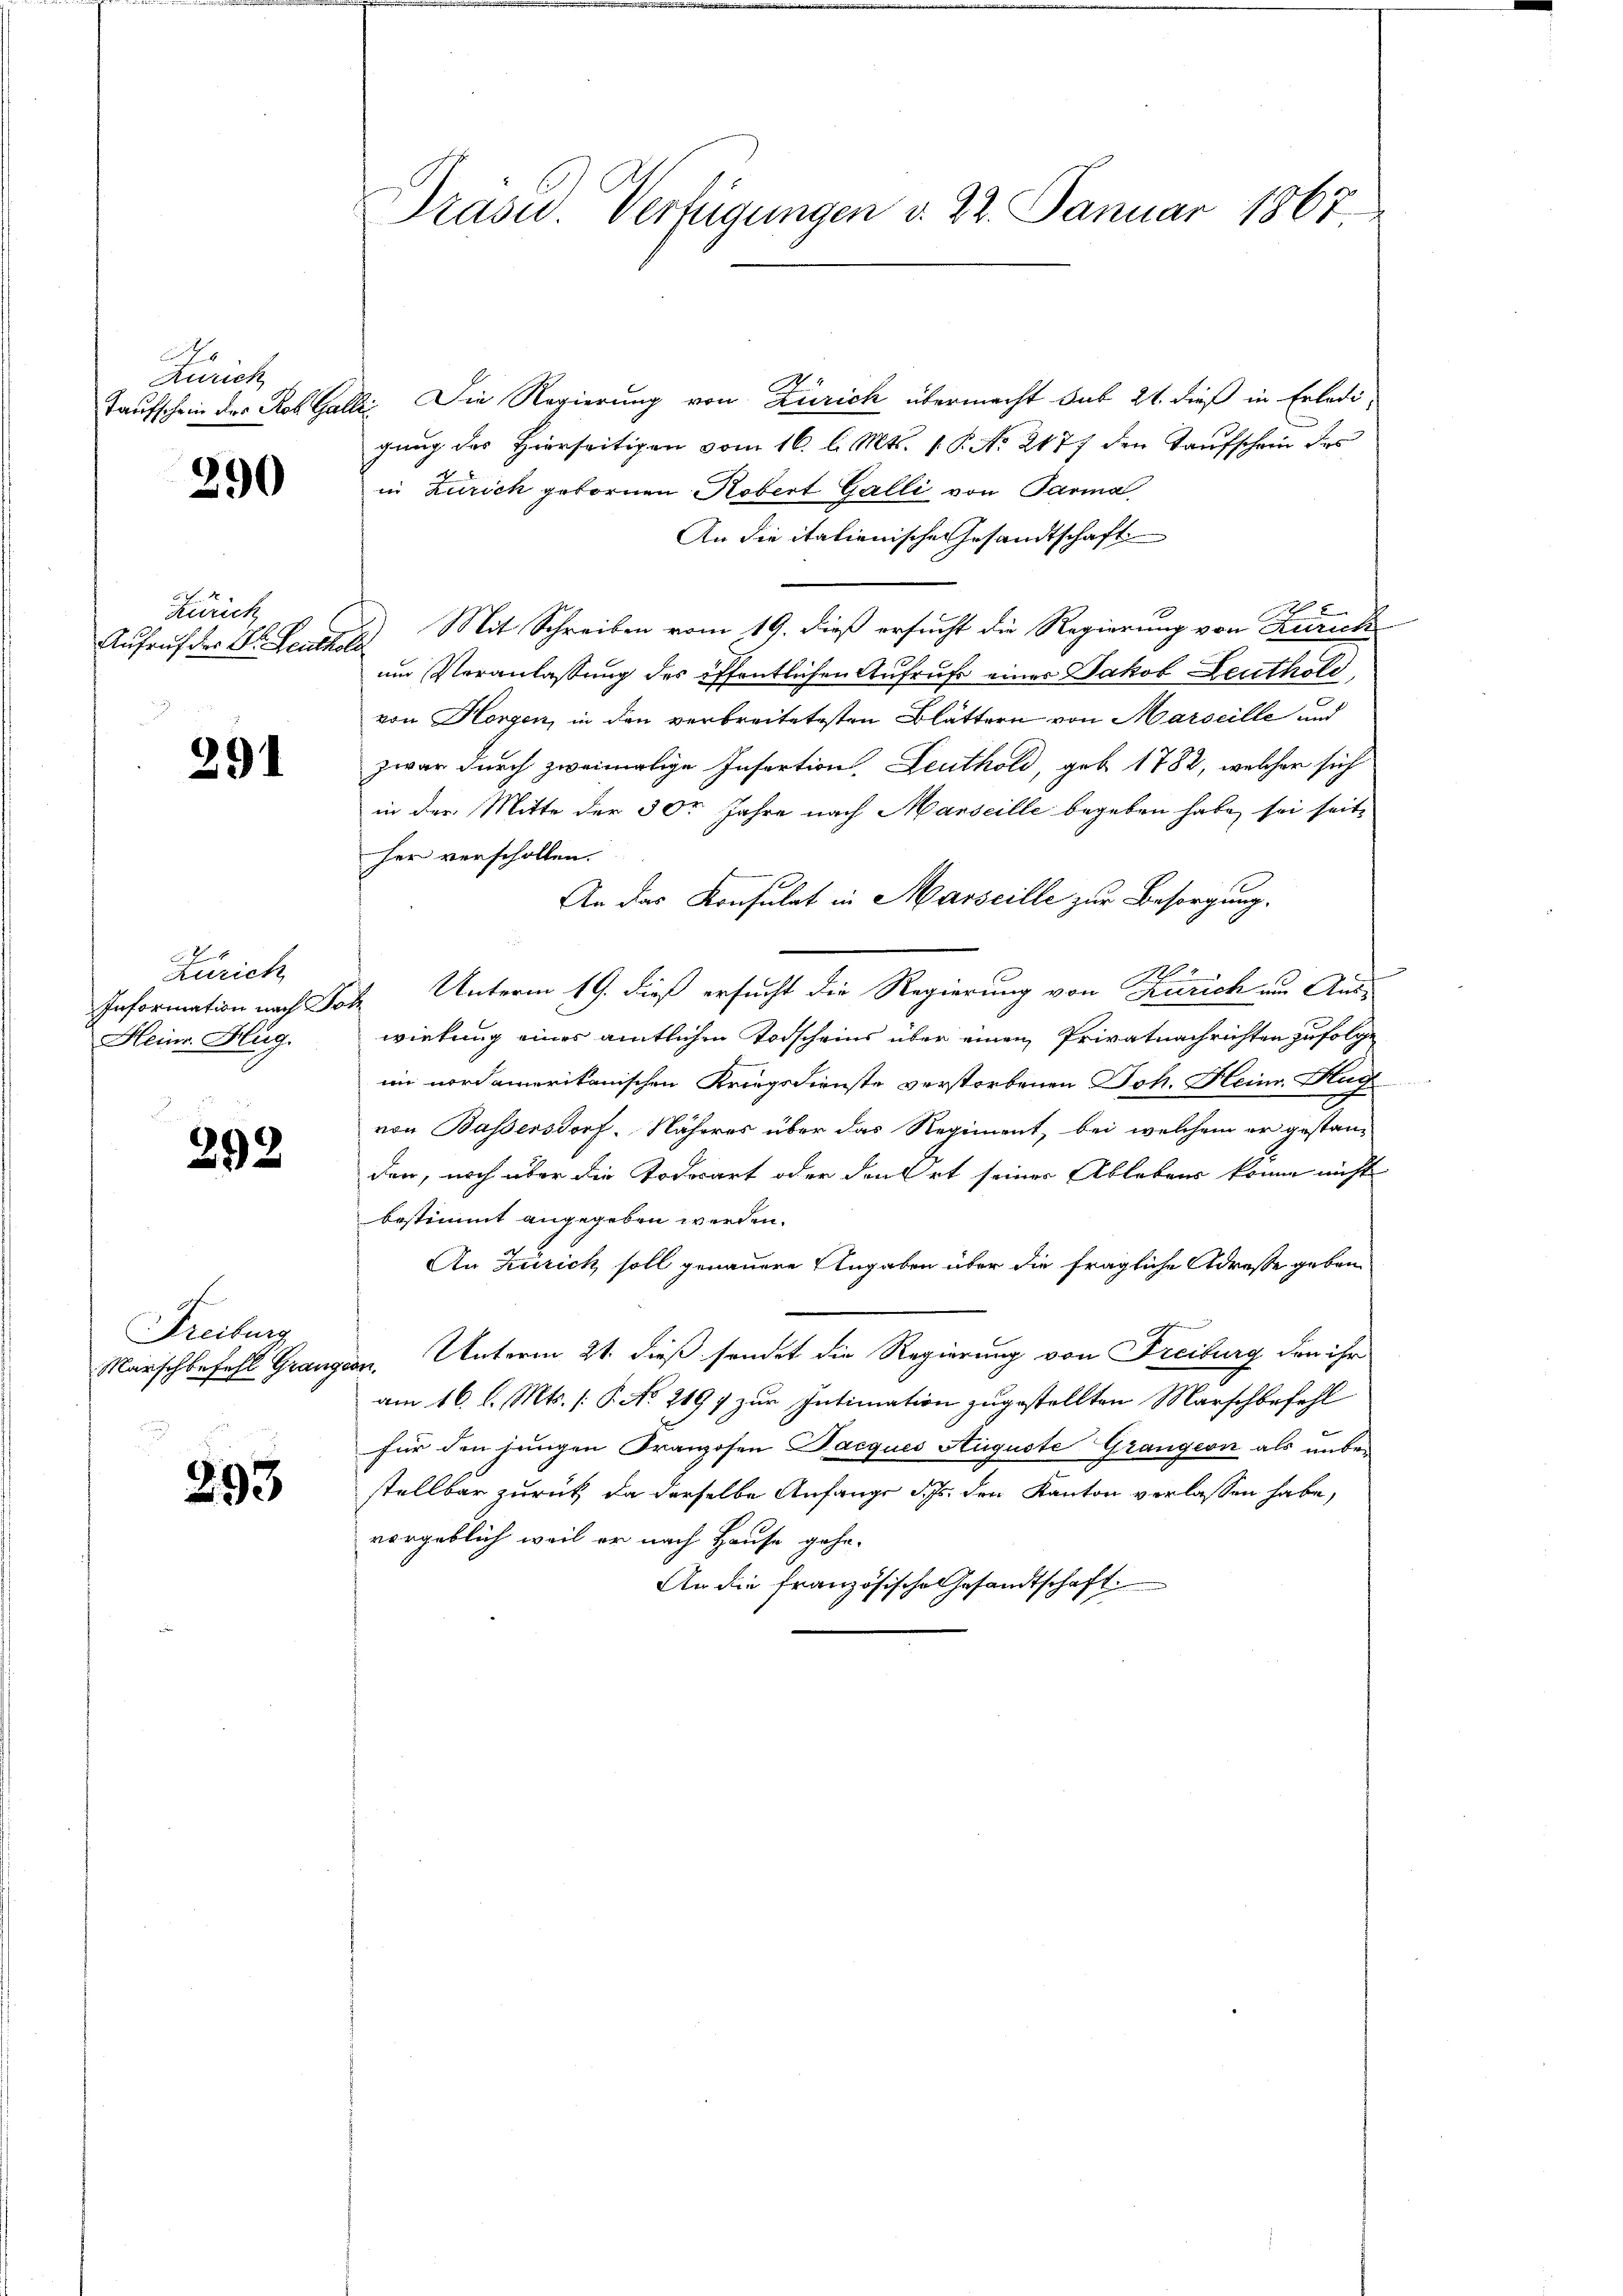
No
Rurich
Taufschein der Rob. Gali

290

Zürich
Aufruf der Dr. Leuthol

291

Zürich
Information nach So
Heinr. Hug.

292

Freiburg
Marschbefehl Granz

293

Drase Verfügungen d. 22. Januar 1867

Die Regierung von Zürich übermacht sub 21. dieß in Erledi-
2
gung des Hierseitigen vom 16. l. Mts. 1. P. No 2177 den Taufschein des
in Zürich gebornen Robert Galli von Parma
An die italienische Gesandtschaft
Mit Schreiben vom 19. dieß ersucht die Regierung von Zürich
.
um Veranlassung des öffentlichen Aufruf einer Jakob Leuthold,
von Horgen, in den verbreitetesten Blättern von Marseille und
zwar durch zweimalige Insertion, Leuthold, geb. 1782, welcher sich
in der Mitte der 30r Jahre nach Marseille begeben habe, sei seite
her verschollen.
An das Konsulat in Marseille zur Besorgung.
2 Unterm 19. dieß ersucht die Regierung von Zürich um Auswirkung eines amtlichen Todscheins über einen Privatnachrichten zufolge
ii nordamerikanischen Kriegsdienste verstorbenen Joh. Heinr. Hug
von Bassersdorf. Näheres über das Regiment, bei welchem er gestanden, noch über die Todesart oder den Ort seiner Ablebens könne nicht
bestimmt angegeben werden.
An Zürich soll genauere Angaben über die fragliche Adresse geben
m. Unterm 21. dieß sendet die Regierung von Freiburg den ihr
am 16. l. Mts. [S. No. 2197 zur Intimation zugestellten Marschbefehl
für den jungen Franzosen Dacques Auguste Grangen als unbestellbar zurück, da derselbe Anfange Schr. den Kanton verlassen habe,
vorgeblich weil er nach Hause gehe-
An die französische Gesandtschaft.